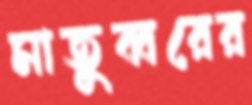
মাতুব্বরের